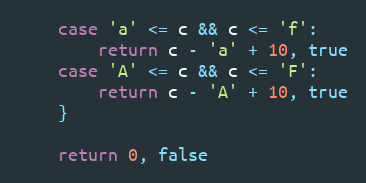
Language: Go
	case 'a' <= c && c <= 'f':
		return c - 'a' + 10, true
	case 'A' <= c && c <= 'F':
		return c - 'A' + 10, true
	}

	return 0, false